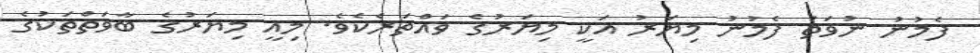
ފެމުނު ނުވަތަ ފެމުނު މިޔަރު އަކީ މިޔަރުގެ ވައްތަރެކެވެ. މިއީ މިޔަރުގެ ބާވަތްތަކުގެ